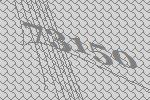
73150